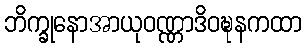
ဘိက္ခုနောအာယုဝဏ္ဏာဒိဝဍ္ဎနကထာ